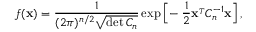
f ( { \bf x } ) = { \frac { 1 } { ( 2 \pi ) ^ { n / 2 } \sqrt { \operatorname* { d e t } C _ { n } } } } \exp \Big [ \! - { \frac { 1 } { 2 } } { \bf x } ^ { _ T } C _ { n } ^ { - 1 } { \bf x } \Big ] \, ,